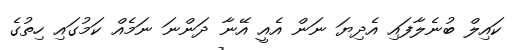
ކައިލް ބުނެލާފައި އެދިޔަ ނަން އެއީ އޭނާ ދަންނަ ނަމެއް ކަމުގައި ހިތުގެ